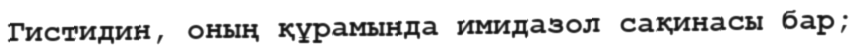
Гистидин, oның құрамында имидазол сақинасы бар;